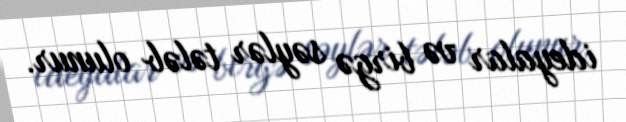
ideyalar və birgə səylər tələb olunur.